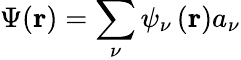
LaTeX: \Psi(\mathbf{r})=\sum_{\nu}\psi_{\nu}\left(\mathbf{r}\right)a_{\nu}